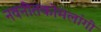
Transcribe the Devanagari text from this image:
नवनीतकोमलांगी